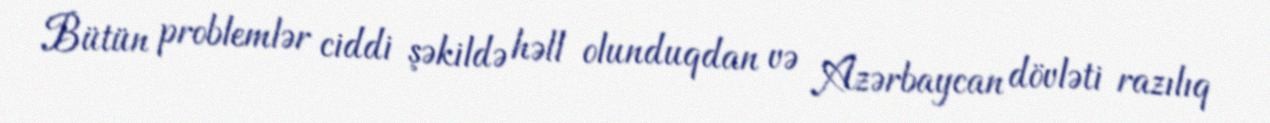
Bütün problemlər ciddi şəkildə həll olunduqdan və Azərbaycan dövləti razılıq